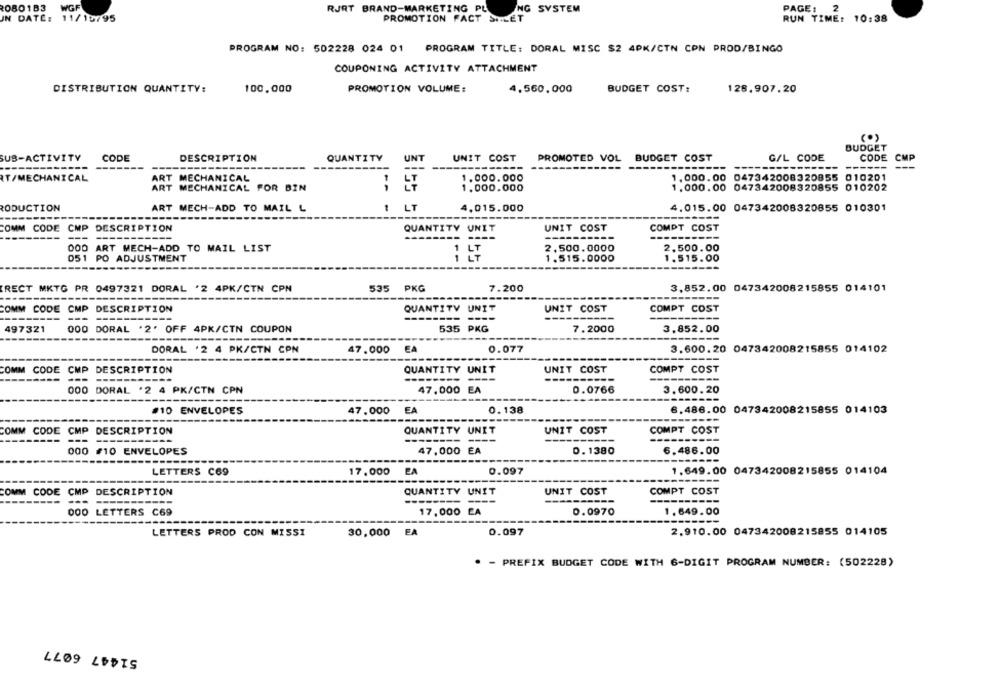
20801B3
WGF
PAGE: 2
RJRT BRAND-MARKETING PL
NG SYSTEM
IN DATE: 11/15795
PROMOTION FACT SILET
RUN TIME: 10:38
PROGRAM NO: 502228 024 01 PROGRAM TITLE: DORAL MISC $2 4PK/CTN CON PROD/BINGO
COUPONING ACTIVITY ATTACHMENT
DISTRIBUTION QUANTITY:
100.000
PROMOTION VOLUME:
4,560,000
BUDGET COST:
128.907.20
BUDGET
SUB-ACTIVITY
CODE
DESCRIPTION
QUANTITY
UNT
UNIT COST
PROMOTED VOL BUDGET COST
G/L CODE
CODE
CMP
------
--------
--
RT/MECHANICAL
ART MECHANICAL
1
LT
1.000.000
1.000.00 047342008320855 010201
ART MECHANICAL FOR BIN
1.000.000
1.000.00 047342008320855 010202
RODUCTION
ART MECH-ADD TO MAIL L
1 LT
4,015.000
4.015.00 047342008320855 010301
COMM CODE CMP DESCRIPTION
QUANTITY UNIT
UNIT COST
COMPT COST
---
---
--------
--------
OOD ART MECH-ADD TO MAIL LIST
2,500.0000
2,500.00
051 PO ADJUSTMENT
1.515.0000
1.515.00
RECT MKTG PR 0497321 DORAL '2 4PK/CTN CPN
535 PKG
7.200
3,852.00 047342008215855 014101
COMM CODE CMP DESCRIPTION
QUANTITY UNIT
UNIT COST
COMPT COST
-------- ----
497321
000 DORAL '2' OFF 4PK/CTN COUPON
535 PKG
7.2000
3.852.00
--
DORAL '2 4 PK/CTN CPN
47.000
0.077
3.600.20 047342008215855 014102
-------
COMM CODE CMP DESCRIPTION
QUANTITY UNIT
UNIT COST
COMPT COST
--
000 DORAL .2 4 PK/CTN CPN
47,000 EA
0.0766
3.600.20
#10 ENVELOPES
47.000 EA
0.138
6.486.00 047342008215855 014103
-----
--
UNIT COST
COMM CODE CMP DESCRIPTION
QUANTITY UNIT
COMPT COST
--
47,000 EA
0.1380
6.486.00
000 #10 ENVELOPES
---------
-------
LETTERS C69
EA
0.097
1.649.00 047342008215855 014104
17.000
---------
COMM CODE CMP DESCRIPTION
QUANTITY UNIT
UNIT COST
COMPT COST
---
-------
----
----------
000 LETTERS C69
17,000 EA
0.0970
1.649.00
LETTERS PROD CON MISSI
30,000
FA
0.097
2.910.00 047342008215855 014105
* - PREFIX BUDGET CODE WITH 6-DIGIT PROGRAM NUMBER: (502228)
LL09 LEDIS